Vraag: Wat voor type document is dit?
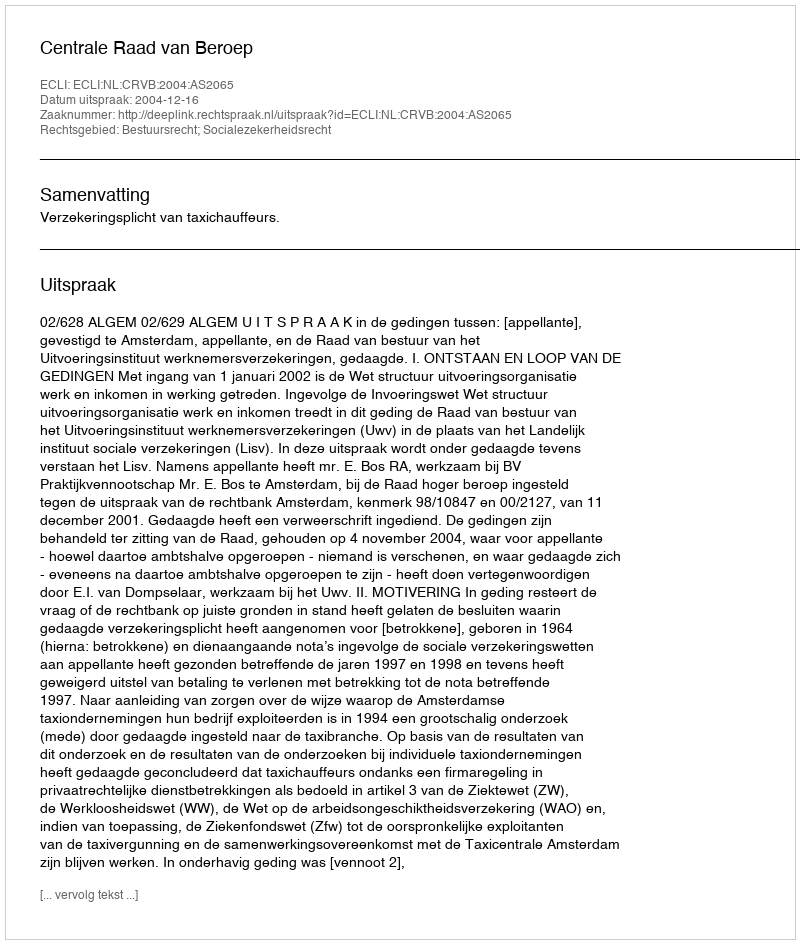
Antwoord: Uitspraak